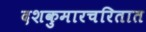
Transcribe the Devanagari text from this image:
दशकुमारचरितात